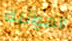
الهوائية